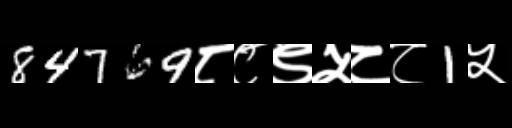
Text: 84769८८९५८८1५